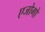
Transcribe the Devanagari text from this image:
एजोगो